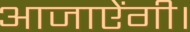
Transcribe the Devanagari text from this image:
आजाऐंगी।